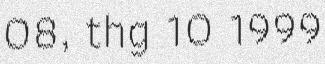
08, thg 10 1999